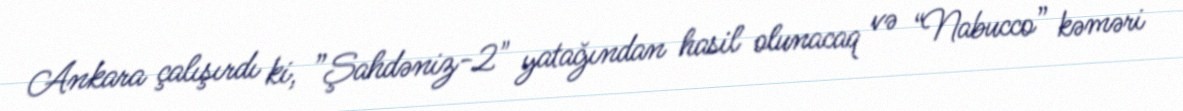
Ankara çalışırdı ki, ”Şahdəniz-2" yatağından hasil olunacaq və “Nabucco” kəməri